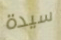
سيدة